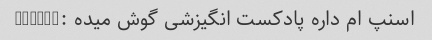
اسنپ ام داره پادکست انگیزشی گوش میده :))))))